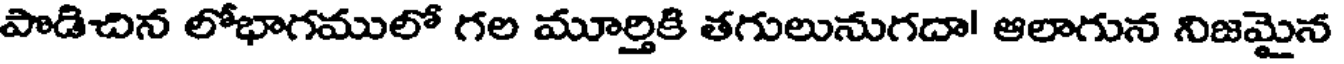
పొడిచిన లోభాగములో గల మూర్తికి తగులునుగదా! ఆలాగున నిజమైన